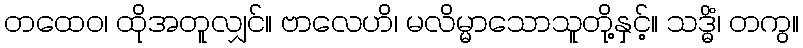
တထေဝ၊ ထိုအတူလျှင်။ ဗာလေဟိ၊ မလိမ္မာသောသူတို့နှင့်။ သဒ္ဓိံ၊ တကွ။